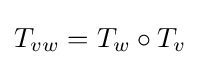
T_{vw}=T_{w}\circ T_{v}